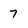
Character: 7